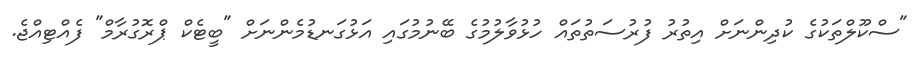
"ސްކޫލްތަކުގެ ކުދިންނަށް އިތުރު ފުރުސަތުތައް ހުޅުވާލުމުގެ ބޭނުމުގައި އަޅުގަނޑުމެންނަށް "ބީޓެކް ޕްރޮގުރާމް" ފެއްޓިއްޖެ.